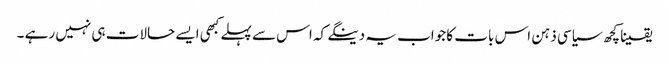
یقینا کچھ سیاسی ذہن اس بات کا جواب یہ دینگے کہ اس سے پہلے کبھی ایسے حالات ہی نہیں رہے ۔